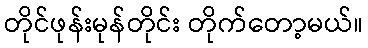
တိုင်ဖုန်းမုန်တိုင်း တိုက်တော့မယ်။